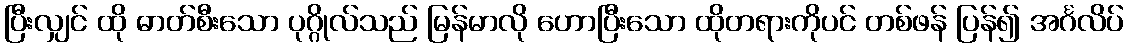
ပြီးလျှင် ထို ဓာတ်စီးသော ပုဂ္ဂိုလ်သည် မြန်မာလို ဟောပြီးသော ထိုတရားကိုပင် တစ်ဖန် ပြန်၍ အင်္ဂလိပ်